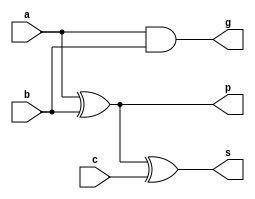
	module adder1bit (a, b, c, s, p, g);
  input a, b, c;
  output s, p, g;
  
  /* to do */
	xor(s,a,b,c);
	and(g,a,b);
	xor(p,a,b);

endmodule